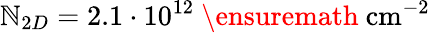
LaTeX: \mathbb{N}_{2D}=2.1\cdot10^{12}~\ensuremath{{~\mathrm{{cm}}^{-2}}}